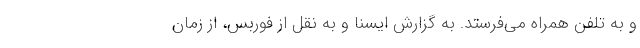
و به تلفن همراه می‌فرستد. به گزارش ایسنا و به نقل از فوربس، از زمان